Document type: Inventory
Year: 1295
Scribe: Pere Marc
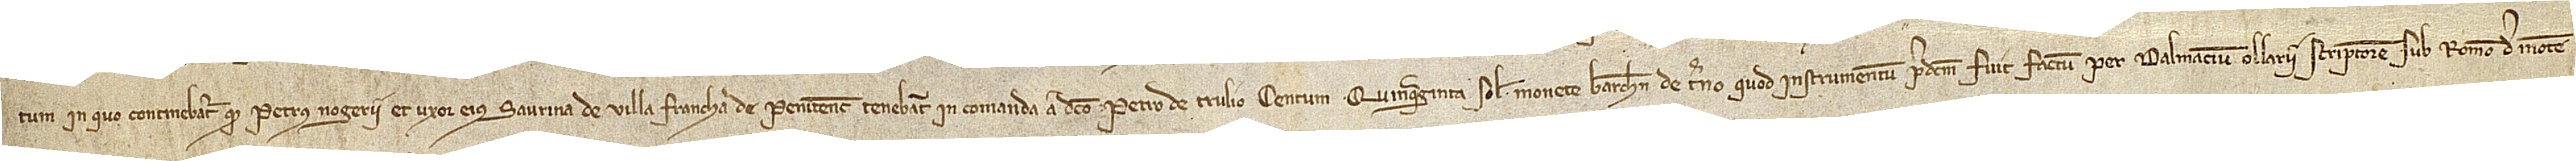
tum in quo continebatur quod Petrus Nogerii et uxor eius Saurina, de Villa Francha de Penitentis, tenebant in comanda a dicto Petro de Trulio centum quinquaginta solidos monete Barchinone de terno; quod instrumentum predictum fuit factum per Dalmacium Ollarii, scriptorem sub Romeo de Monte-